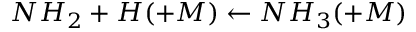
N H _ { 2 } + H ( + M ) \leftarrow N H _ { 3 } ( + M )